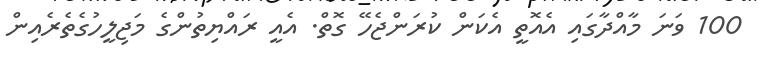
100 ވަނަ މާއްދާގައި އެއޮތީ އެކަން ކުރަންޖެހޭ ގޮތް. އެއީ ރައްޔިތުންގެ މަޖިލީހުގެތެރެއިން